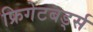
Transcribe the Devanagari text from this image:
फ्रिगेटबर्ड्स